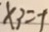
\times 3 = - 1